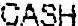
CASH